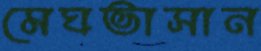
মেঘভাসান